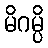
မိဂမ္ပိ